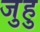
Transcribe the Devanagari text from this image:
जुहु